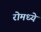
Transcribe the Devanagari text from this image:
रोमध्ये